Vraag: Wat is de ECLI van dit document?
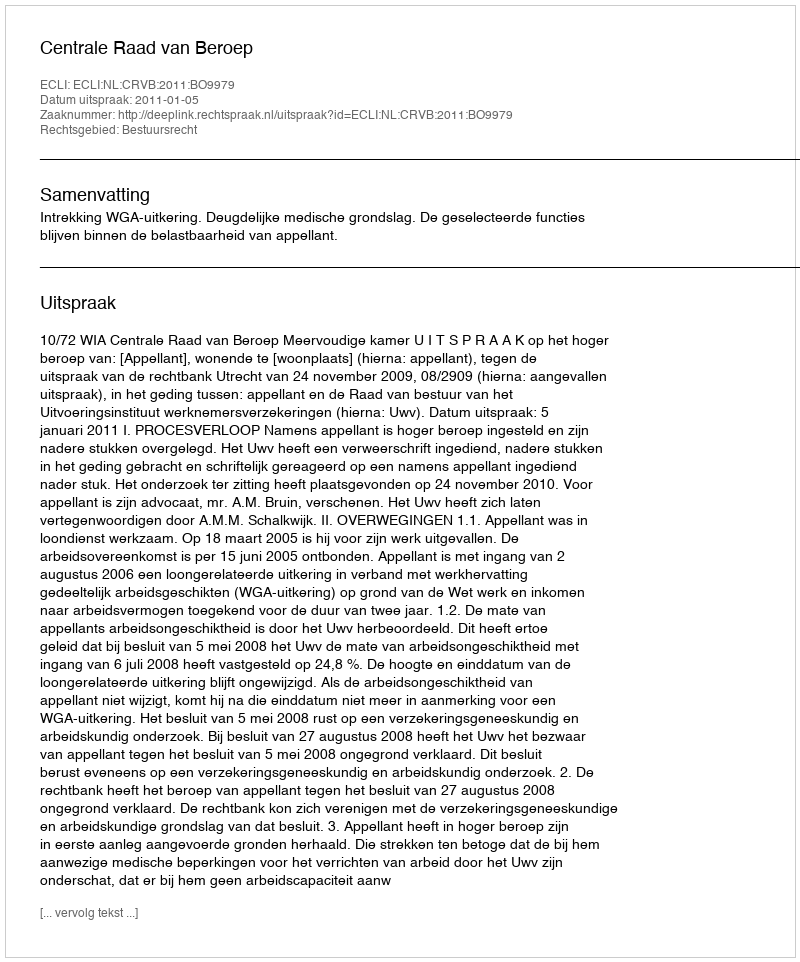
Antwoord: ECLI:NL:CRVB:2011:BO9979